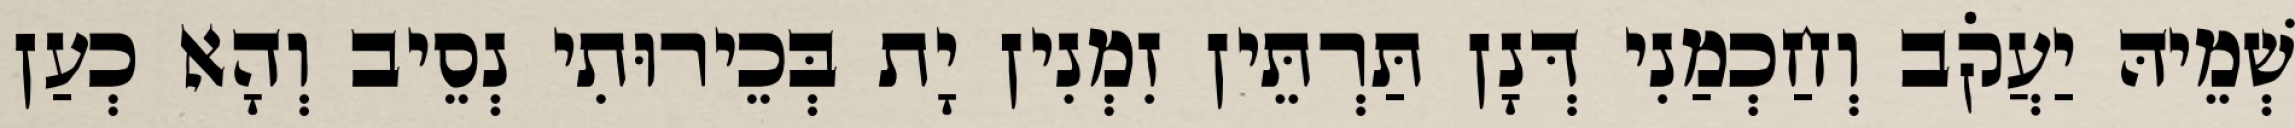
שְׁמֵיהּ יַעֲקֹב וְחַכְמַנִי דְּנָן תַּרְתֵּין זִמְנִין יָת בְּכֵירוּתִי נְסֵיב וְהָא כְעַן